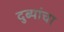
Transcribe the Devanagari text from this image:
दुब्यांचा